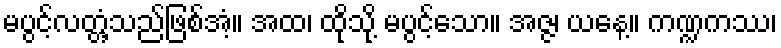
မပွင့်လတ္တံ့သည်ဖြစ်အံ့။ အထ၊ ထိုသို့ မပွင့်သော။ အဇ္ဇ၊ ယနေ့။ ကဏ္ဍကဿ၊